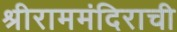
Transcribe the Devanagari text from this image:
श्रीराममंदिराची